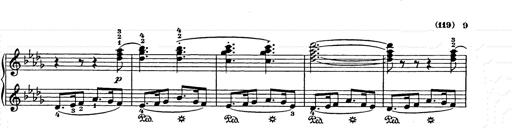
Title: Weihnachtsbaum
Composer: Franz Liszt